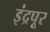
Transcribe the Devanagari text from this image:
इंद्रपूर